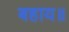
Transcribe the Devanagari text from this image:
बहाय॥